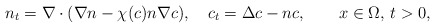
\begin{align*}n_t =\nabla \cdot(\nabla n- \chi(c) n \nabla c), \quad c_{t} =\Delta c-n c,\qquad x\in\Omega,\, t>0,\end{align*}